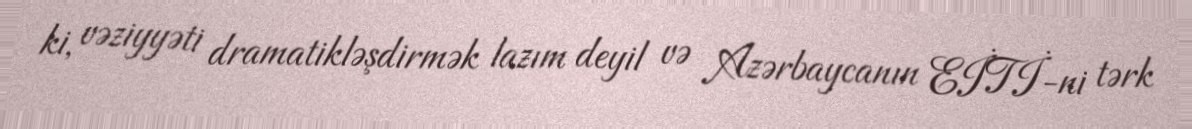
ki, vəziyyəti dramatikləşdirmək lazım deyil və Azərbaycanın EİTİ-ni tərk